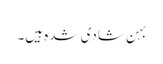
بہن شادی شدہ ہیں۔